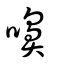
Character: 嚊